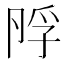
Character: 𡥭